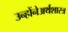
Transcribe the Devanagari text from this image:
उन्होंनेअर्थशास्त्र